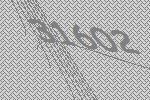
31602